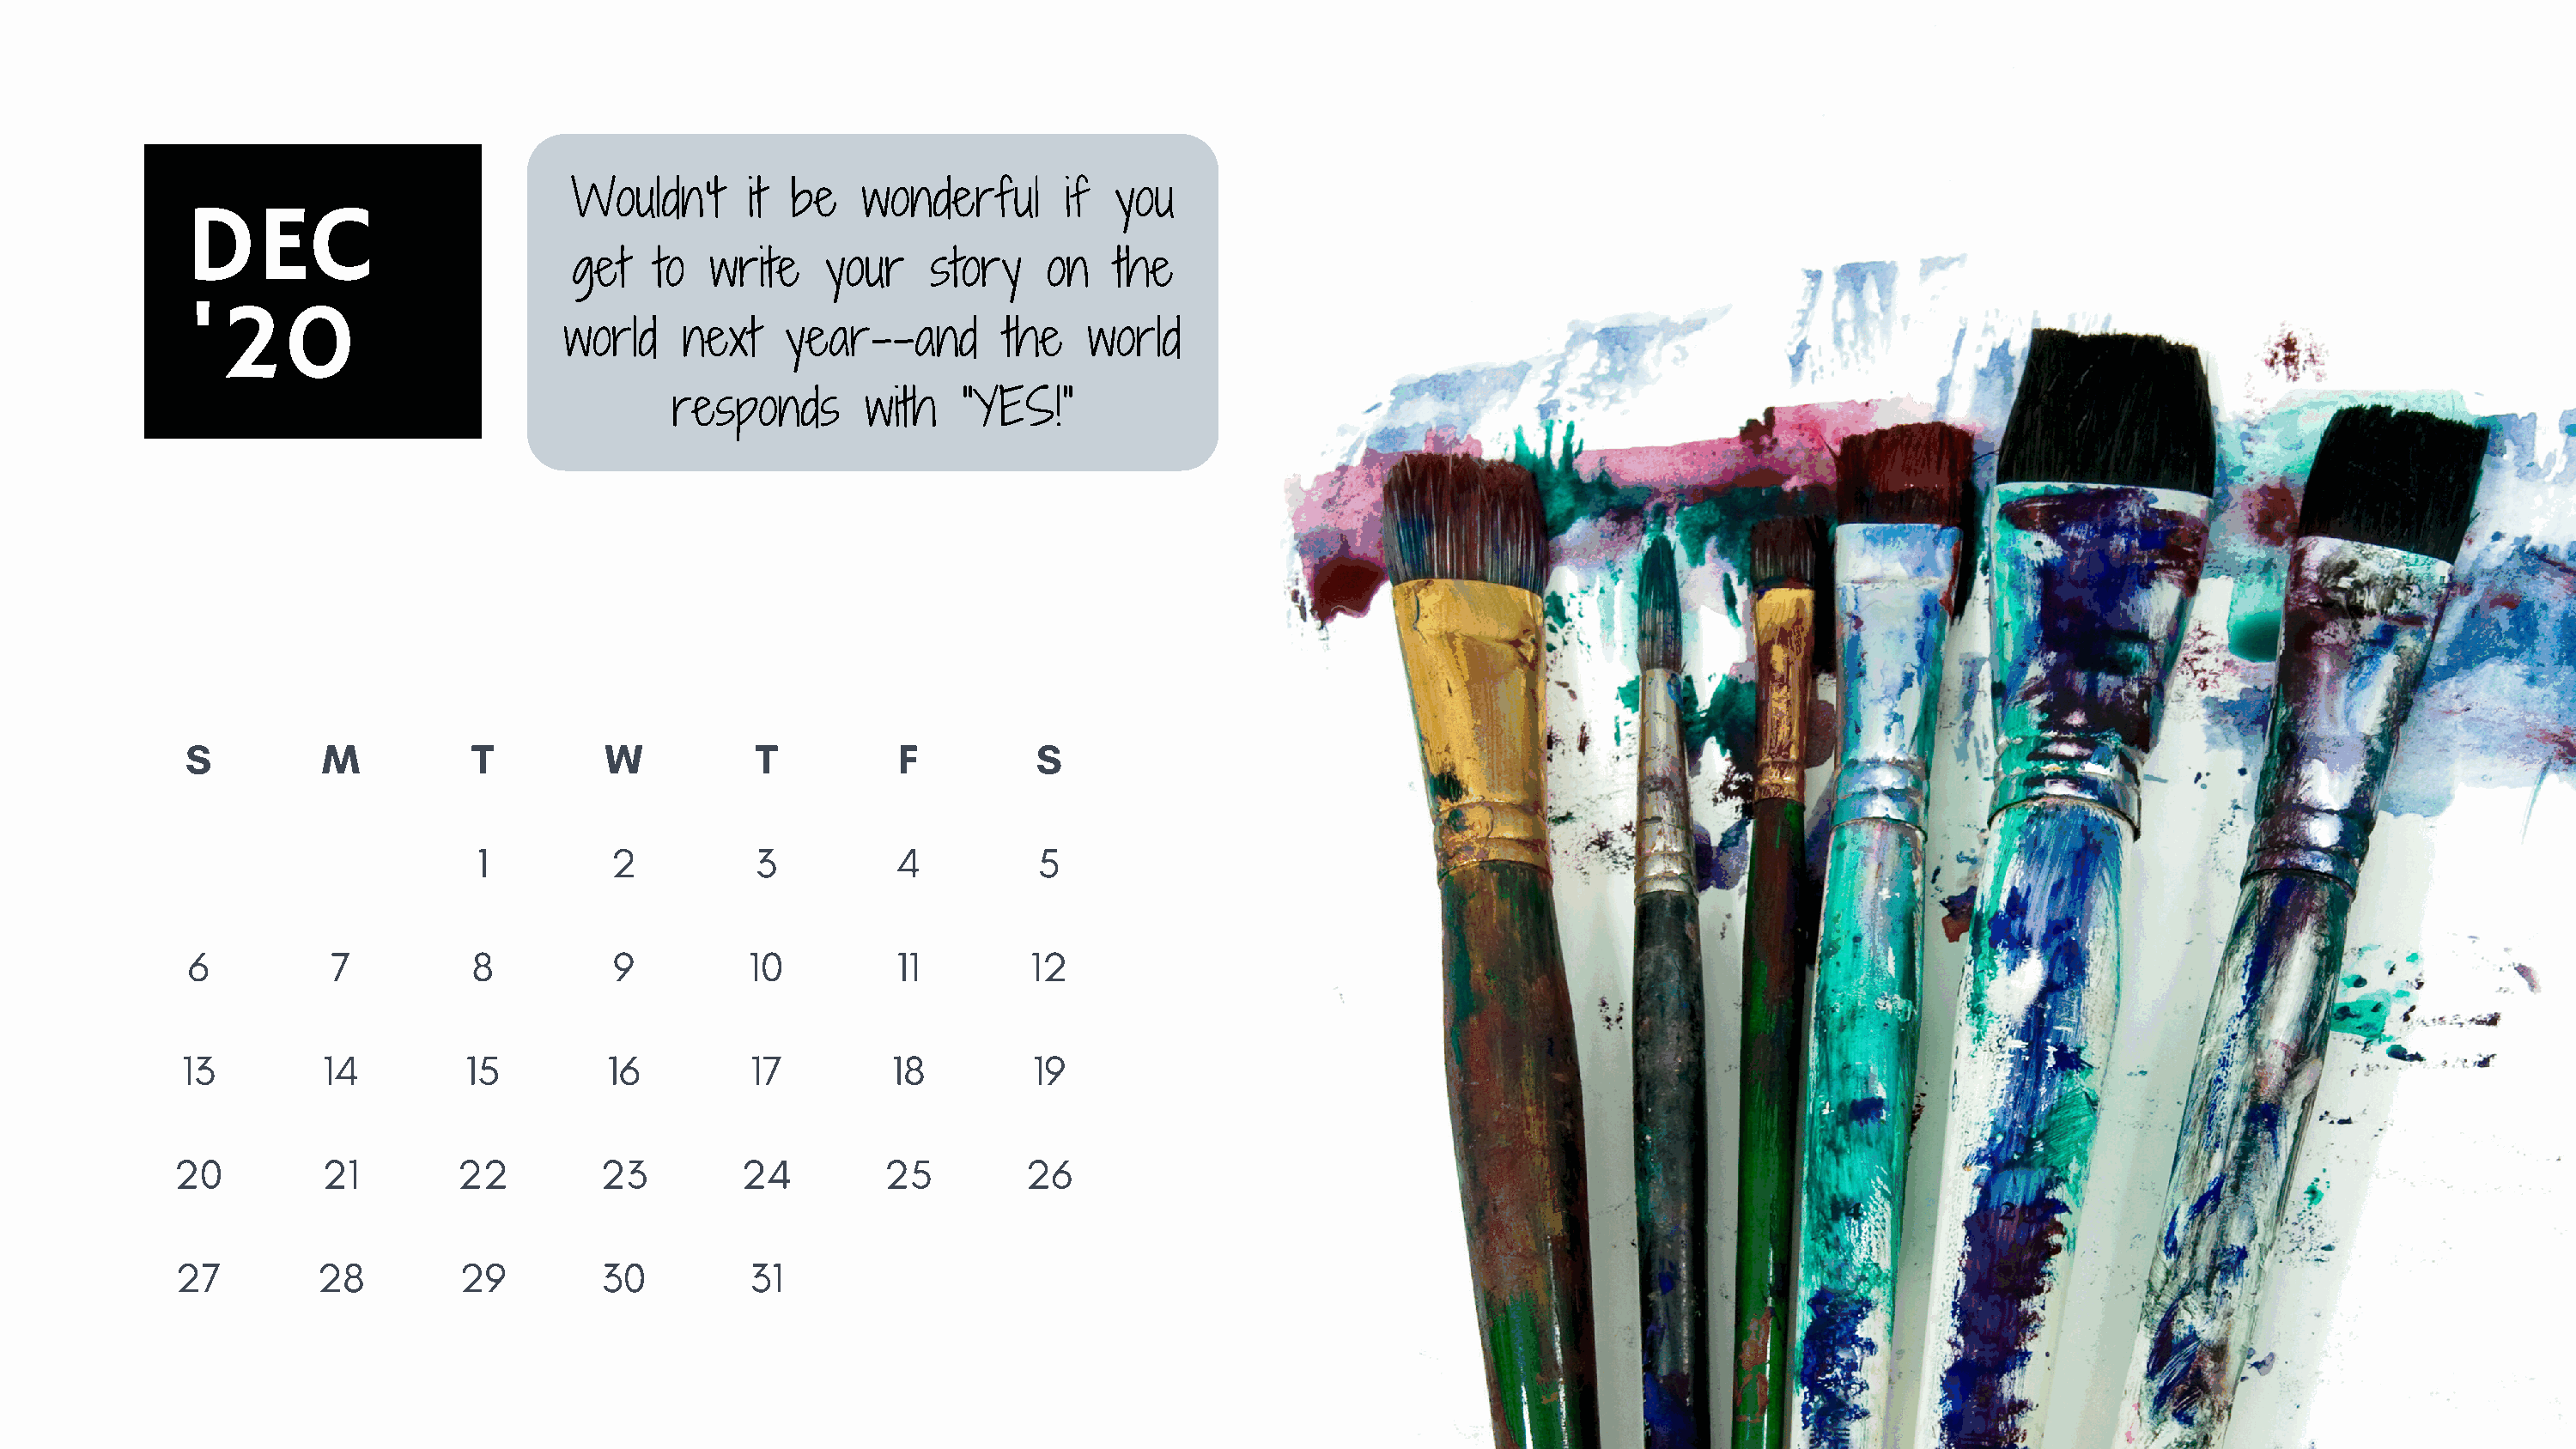
Wouldn't      it be   wonderful       if  you
 DEC
 get   to   write    your    story    on   the
 '20
 world     next    year--and       the    world
 responds       with   "YES!"
 S          M          T          W          T          F          S
 1         2          3          4          5
 6          7          8          9          10         11        12
 13         14         15         16         17         18         19
 20          21        22         23         24         25         26
 27        28         29         30          31